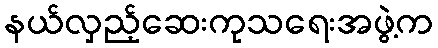
နယ်လှည့်ဆေးကုသရေးအဖွဲ့က